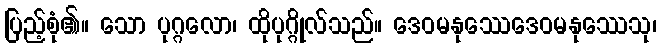
ပြည့်စုံ၏။ သော ပုဂ္ဂလော၊ ထိုပုဂ္ဂိုလ်သည်။ ဒေဝမနုဿေဒေဝမနုဿေသု၊